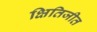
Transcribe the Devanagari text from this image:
क्षितिजीत